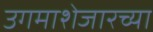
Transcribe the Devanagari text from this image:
उगमाशेजारच्या